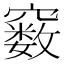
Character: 𥨧